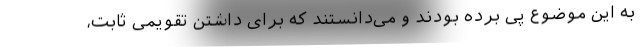
به این موضوع پی برده بودند و می‌دانستند که برای داشتن تقویمی ثابت،